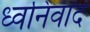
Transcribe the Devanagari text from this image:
ध्वनिवाद